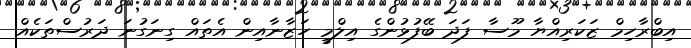
އިބްރާހިމް ޒަކަރިއްޔާ މޫސާ ފަދަ ބޭފުޅުންގެ އިލްމީ ހަޒާނާއިން އެތައް ގިނަގުނަ ދަރުސްތަކެއް